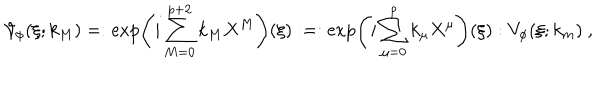
\mathcal { V } _ { \phi } ( \xi ; k _ { M } ) = : \exp \left( i \sum _ { M = 0 } ^ { p + 2 } k _ { M } X ^ { M } \right) ( \xi ) : = : \exp \left( i \sum _ { \mu = 0 } ^ { p } k _ { \mu } X ^ { \mu } \right) ( \xi ) : V _ { \phi } ( \xi ; k _ { m } ) ~ ,